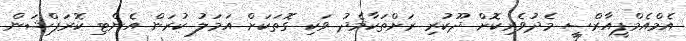
އެމްއެމްޕީއާރްސީ މެދުވެރިކޮށް ދޫކުރި ރަށްތަކާމެދު ވަކި ގޮތަކަށް އަމަލު ކުރަން އެންޓި ކޮރަޕްޝަން